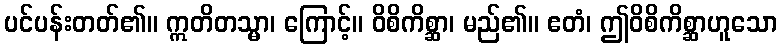
ပင်ပန်းတတ်၏။ ဣတိတသ္မာ၊ ကြောင့်။ ဝိစိကိစ္ဆာ၊ မည်၏။ ဧတံ၊ ဤဝိစိကိစ္ဆာဟူသော